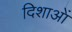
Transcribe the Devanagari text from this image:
दिशाआें